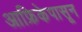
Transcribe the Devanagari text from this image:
आफ्रिकेपासून